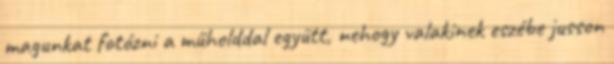
magunkat fotózni a műholddal együtt, nehogy valakinek eszébe jusson